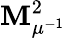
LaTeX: \mathbf{M}_{\mu^{-1}}^{2}